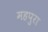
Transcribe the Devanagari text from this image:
महपुरा